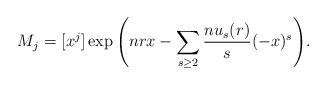
LaTeX: \begin{align*}M_j = [x^j] \exp{\left(nrx - \sum_{s \geq 2}\frac{nu_s(r)}{s} (-x)^s\right)}.\end{align*}